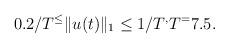
LaTeX: \begin{align*}0.2/T^ \leq \|u(t)\|_1 \leq 1/T^, T^=7.5.\end{align*}